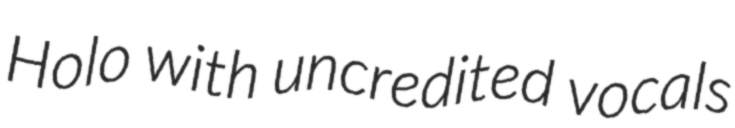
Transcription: Holo with uncredited vocals